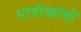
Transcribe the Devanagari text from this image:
भावीकांची